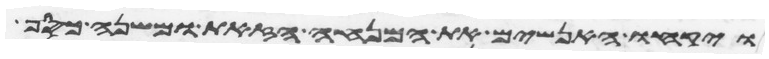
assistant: ויקחו האנשים את המנחה הזאת ומשנה כסף